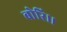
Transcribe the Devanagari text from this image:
बोरि।।